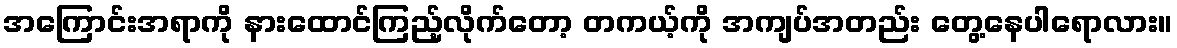
အကြောင်းအရာကို နားထောင်ကြည့်လိုက်တော့ တကယ့်ကို အကျပ်အတည်း တွေ့နေပါရောလား။